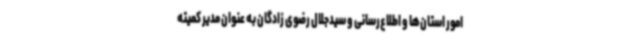
امور استان‌ها و اطلاع‌رسانی و سیدجلال رضوی زادگان به عنوان مدیر کمیته